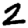
Digit: 2